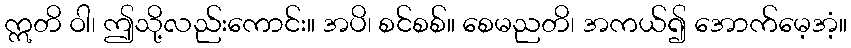
ဣတိ ဝါ၊ ဤသို့လည်းကောင်း။ အပိ၊ စင်စစ်။ စေမညတိ၊ အကယ်၍ အောက်မေ့အံ့။